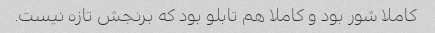
کاملا شور بود و کاملا هم تابلو بود که برنجش تازه نیست.